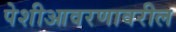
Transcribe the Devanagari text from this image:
पेशीआवरणावरील